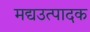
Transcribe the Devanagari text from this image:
मद्यउत्पादक